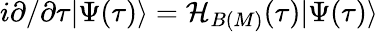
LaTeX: i\partial/\partial\tau|\Psi(\tau)\rangle={\cal H}_{B(M)}(\tau)|\Psi(\tau)\rangle